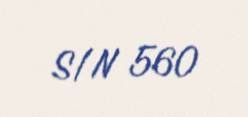
S/N 560